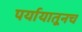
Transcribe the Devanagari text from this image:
पर्यायातूनच